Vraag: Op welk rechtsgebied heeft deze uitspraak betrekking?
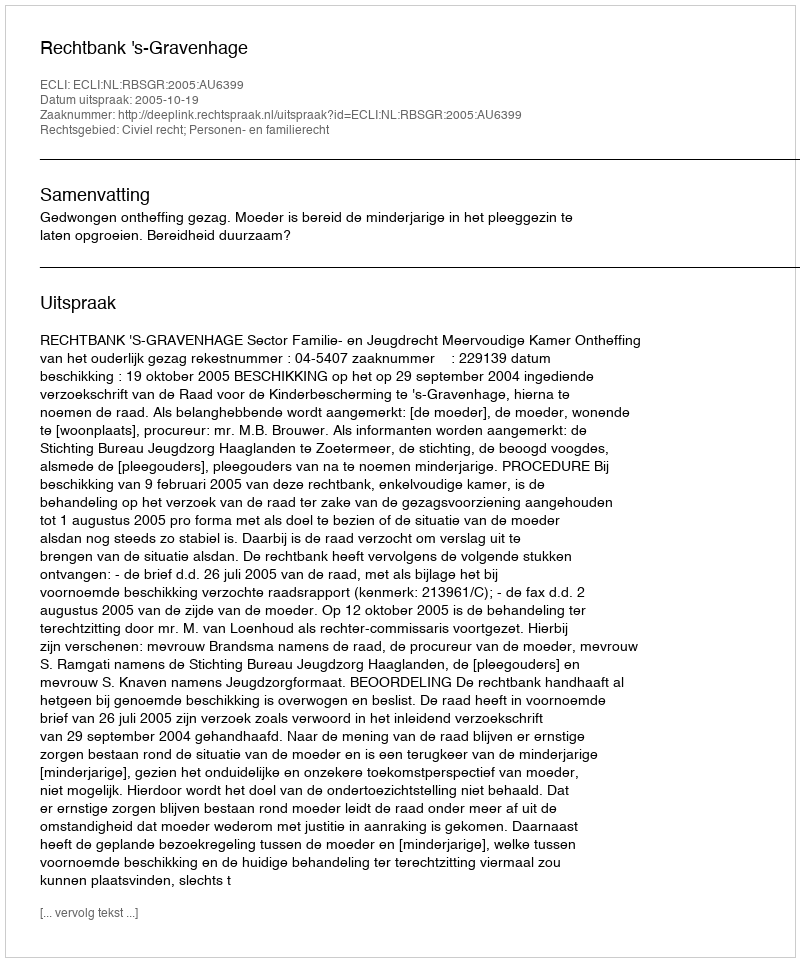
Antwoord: Civiel recht; Personen- en familierecht